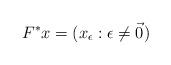
LaTeX: \begin{align*}F^* x = (x_\epsilon : \epsilon \ne \vec 0)\end{align*}